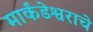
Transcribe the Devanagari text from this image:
मार्कंडेश्वराचे